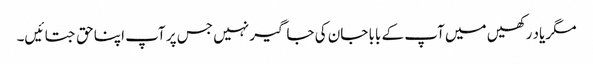
مگر یاد رکھیں میں آپ کے بابا جان کی جاگیر نہیں جس پر آپ اپنا حق جتائیں۔